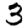
Digit: 3